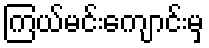
ကြယ်မင်းကျောင်းမှ